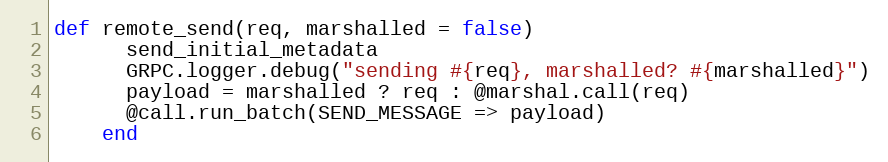
Language: Ruby
def remote_send(req, marshalled = false)
      send_initial_metadata
      GRPC.logger.debug("sending #{req}, marshalled? #{marshalled}")
      payload = marshalled ? req : @marshal.call(req)
      @call.run_batch(SEND_MESSAGE => payload)
    end